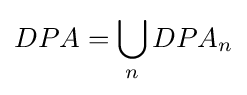
DPA=\bigcup _{n}DPA_{n}